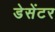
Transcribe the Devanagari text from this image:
डेसेंटर